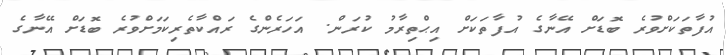
އުފާތަކަށްވުރެ ބޮޑަށް އޭނާގެ އުފާތަކަށް އިޙްތިރާމު ކުރަން. އަހަރެންގެ ރައްކާތެރިކަމަށްވުރެ ބޮޑަށް އޭނާގެ